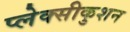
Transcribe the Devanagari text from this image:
प्लेक्सीकुशन